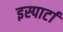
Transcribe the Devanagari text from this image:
इस्पार्टा